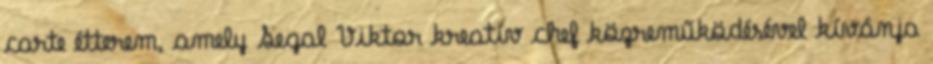
carte étterem, amely Segal Viktor kreatív chef közreműködésével kívánja